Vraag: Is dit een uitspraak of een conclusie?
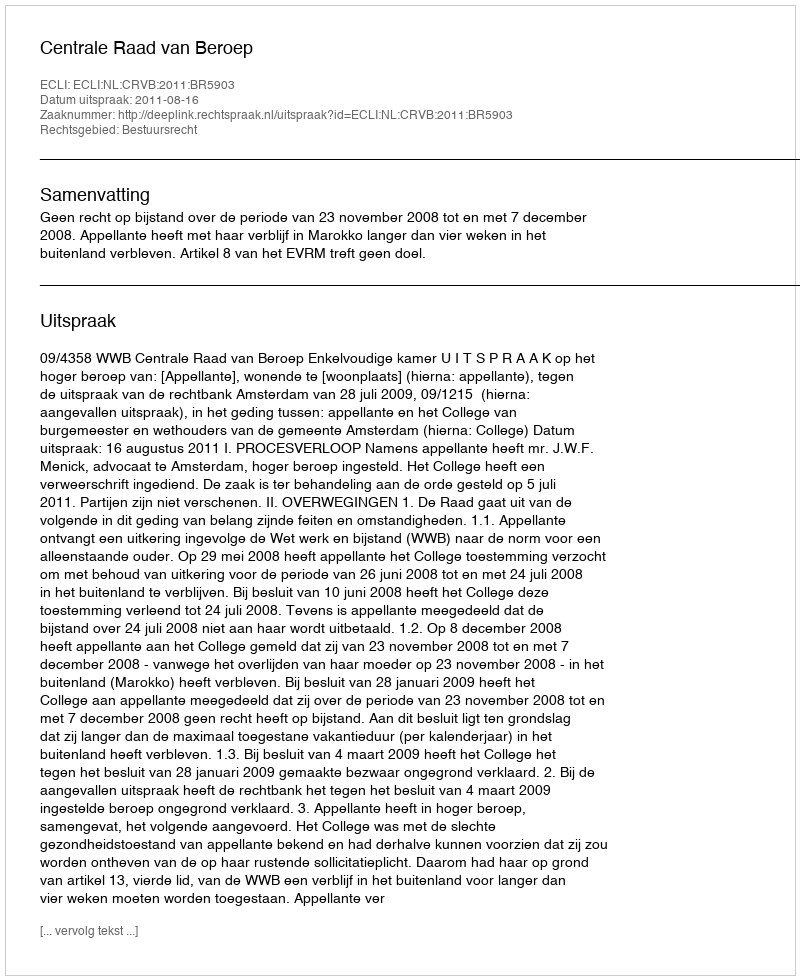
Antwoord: Uitspraak